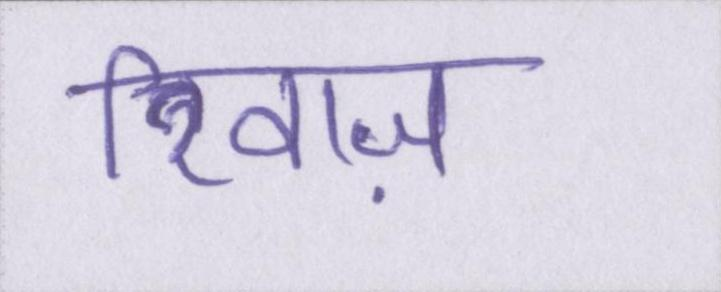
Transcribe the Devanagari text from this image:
रिवाज़